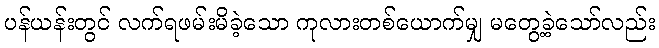
ပန်ယန်းတွင် လက်ရဖမ်းမိခဲ့သော ကုလားတစ်ယောက်မျှ မတွေ့ခဲ့သော်လည်း